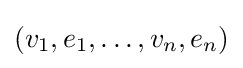
(v_{1},e_{1},\dots ,v_{n},e_{n})